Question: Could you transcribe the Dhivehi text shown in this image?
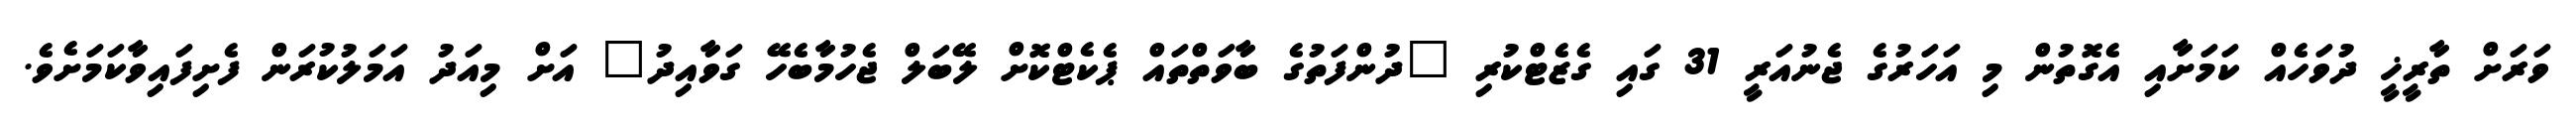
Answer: ވަރަށް ތާރީޚީ ދުވަހެއް ކަމަށާއި އެގޮތުން މި އަހަރުގެ ޖެނުއަރީ 31 ގައި ގެޒެޓްކުރި "ދުންފަތުގެ ބާވަތްތައް ޕެކެޓްކޮށް ލޭބަލް ޖެހުމާބެހޭ ގަވާއިދު" އަށް މިއަދު އަމަލުކުރަން ފެށިފައިވާކަމަށެވެ.